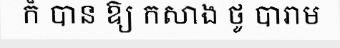
ក៏ បាន ឱ្យ កសាង ថូ បារាម